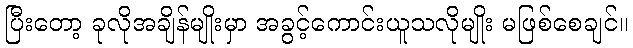
ပြီးတော့ ခုလိုအချိန်မျိုးမှာ အခွင့်ကောင်းယူသလိုမျိုး မဖြစ်စေချင်။